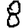
Digit: 8